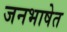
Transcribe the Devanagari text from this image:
जनभाषेत